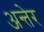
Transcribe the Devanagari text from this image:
अन्तेर